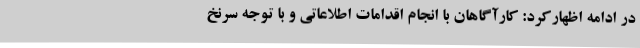
در ادامه اظهارکرد: کارآگاهان با انجام اقدامات اطلاعاتی و با توجه سرنخ